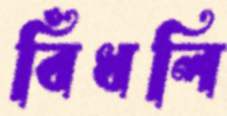
বিঁধলি